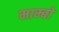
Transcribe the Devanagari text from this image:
माम्बो